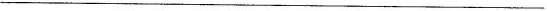
___